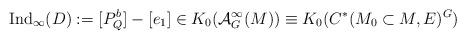
LaTeX: \begin{align*}\operatorname{Ind}_\infty (D):= [P^b_Q] - [e_1]\in K_0 (\mathcal{A}^\infty_G (M))\equiv K_0 (C^* (M_0\subset M,E)^G)\end{align*}